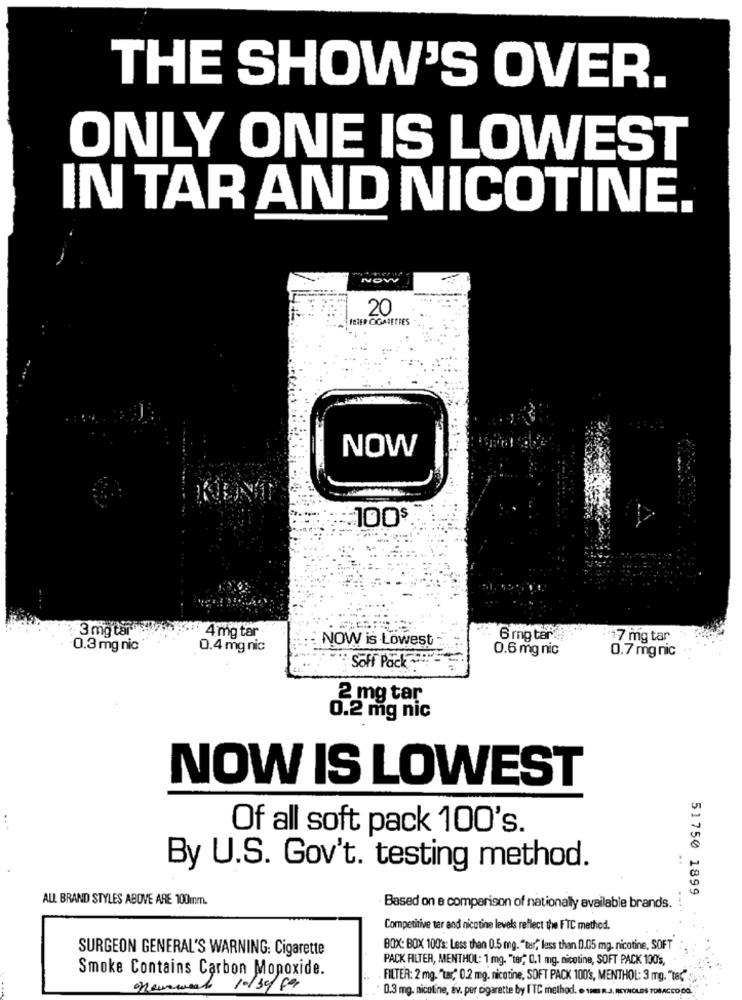
THE SHOW'S OVER.
ONLY ONE IS LOWEST
IN TAR AND NICOTINE.
NOV
20
TRIED CIGARETTES
NOW
100$
3 mg tar
4 mg tar
NOW is Lowest
6 mg tar
:+7 mg tar
0.3 mg nic
0.4 mg nic
0.6 mg nic
0.7 mg nic
Soff Pack-
2 mg tar
0.2 mg nic
NOW IS LOWEST
...
Of all soft pack 100's.
By U.S. Gov't. testing method.
51750 1899
ALL BRAND STYLES ABOVE ARE 100mm.
Based on e comparison of nationally available brands.
Competitive ter and nicotine levels reflect the FTC method.
SURGEON GENERAL'S WARNING: Cigarette
BOX: BOX 100's: Less than 0.5 mg. "ter, less than 0.05 mg. nicotine, SOFT
PACK FILTER, MENTHOL: 1 mg. "ter, 0.1 mg. nicotine, SOFT PACK 100's,
Smoke Contains Carbon Monoxide.
FILTER: 2 mg. "tar," 0.2 mg. nicotine, SOFT PACK 100's, MENTHOL: 3 mg. "ted"
10/30/69
0.3 mg. nicoline, av. per cigarette by I'TC method. . 19I R.J. REYNOLDS TOBACCO,CO.